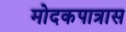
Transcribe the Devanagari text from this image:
मोदकपात्रास